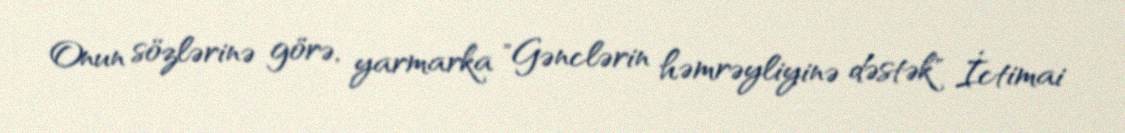
Onun sözlərinə görə, yarmarka "Gənclərin həmrəyliyinə dəstək" İctimai